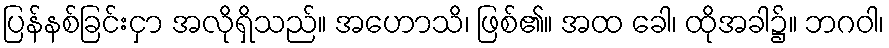
ပြန်နစ်ခြင်းငှာ အလိုရှိသည်။ အဟောသိ၊ ဖြစ်၏။ အထ ခေါ၊ ထိုအခါ၌။ ဘဂဝါ၊